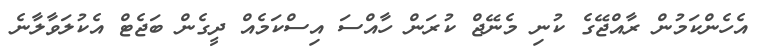
އެހެންކަމުން ރާއްޖޭގެ ކުނި މެނޭޖް ކުރަން ހާއްސަ އިސްކަމެއް ދީގެން ބަޖެޓް އެކުލަވާލާނެ